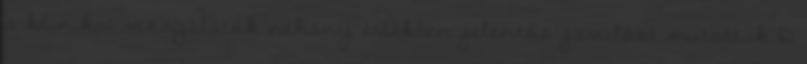
a klinikai vizsgálatok néhány értékben jelentős javulást mutattak D